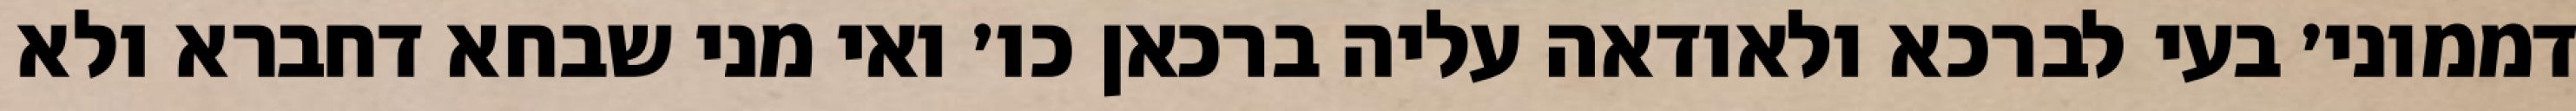
דממוני׳ בעי לברכא ולאודאה עליה ברכאן כו׳ ואי מני שבחא דחברא ולא